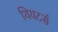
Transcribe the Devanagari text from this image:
थियटर्स